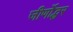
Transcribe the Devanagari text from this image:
जीर्णोद्धर